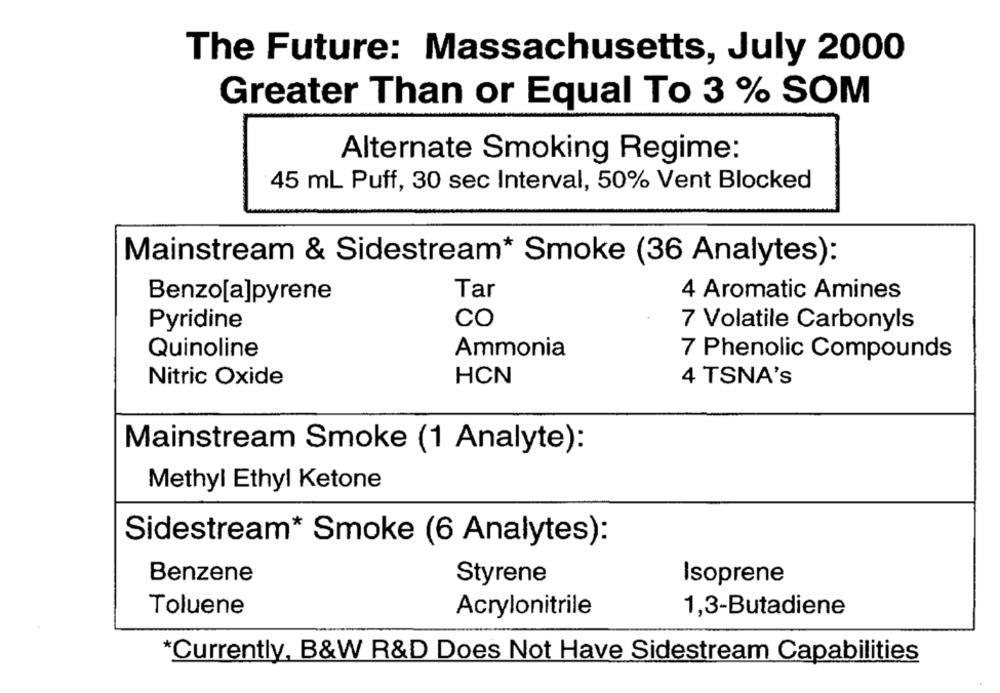
The Future: Massachusetts, July 2000
Greater Than or Equal To 3 % SOM
Alternate Smoking Regime:
45 mL Puff, 30 sec Interval, 50% Vent Blocked
Mainstream & Sidestream* Smoke (36 Analytes):
Tar
4 Aromatic Amines
Benzo[a]pyrene
CO
Pyridine
7 Volatile Carbonyls
Quinoline
Ammonia
7 Phenolic Compounds
Nitric Oxide
HCN
4 TSNA's
Mainstream Smoke (1 Analyte):
Methyl Ethyl Ketone
Sidestream* Smoke (6 Analytes):
Benzene
Isoprene
Styrene
Toluene
Acrylonitrile
1,3-Butadiene
*Currently, B&W R&D Does Not Have Sidestream Capabilities